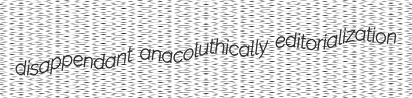
disappendant anacoluthically editorialization